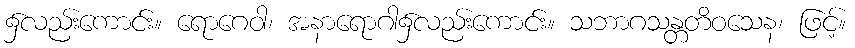
၌လည်းကောင်း။ ရောဂေဝါ၊ အနာရောဂါ၌လည်းကောင်း။ သဘာဂသန္တတိဝသေန၊ ဖြင့်။